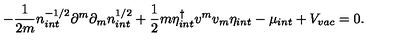
- \frac { 1 } { 2 m } n _ { i n t } ^ { - 1 / 2 } \partial ^ { m } \partial _ { m } n _ { i n t } ^ { 1 / 2 } + \frac { 1 } { 2 } m \eta _ { i n t } ^ { \dagger } v ^ { m } v _ { m } \eta _ { i n t } - \mu _ { i n t } + V _ { v a c } = 0 .